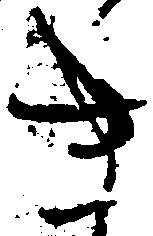
き